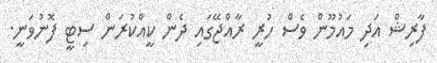
ފާރިޝް އަދި މައުމޫން ވެސް ހުރީ ރާއްޖޭގައި ދެން ކީއްކުރަން ސިޓީ ފޮނުވަނީ.